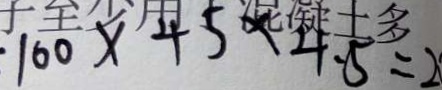
1 0 0 \times 4 5 \times 4 . 5 = 2